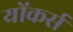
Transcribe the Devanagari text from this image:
योंकर्स